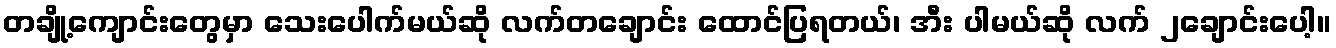
တချို့ကျောင်းတွေမှာ သေးပေါက်မယ်ဆို လက်တချောင်း ထောင်ပြရတယ်၊ အီး ပါမယ်ဆို လက် ၂ချောင်းပေါ့။